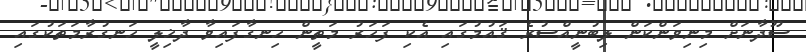
ސޫދާނަށް މިނިވަންކަން ލިބުނީއްސުރެ ޤައުމުގައި އެކި ފަހަރު މަތީން ހިނގާފައިވާ ދާޚިލީ ހަނގުރާމަތަކުގައި